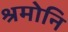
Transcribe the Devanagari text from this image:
श्रमोनि